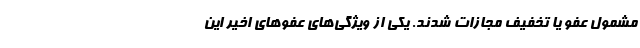
مشمول عفو یا تخفیف مجازات شدند. یکی از ویژگی‌های عفوهای اخیر ‌این